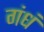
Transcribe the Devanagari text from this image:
गंधं